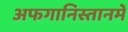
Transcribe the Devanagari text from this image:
अफगानिस्तानमें